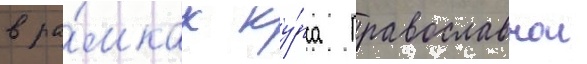
в ра́мках ку́рса православнои